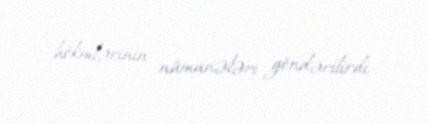
hökmlərinin nümunələri göndərilirdi.